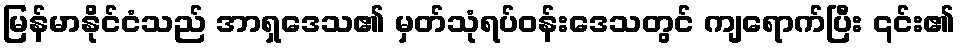
မြန်မာနိုင်ငံသည် အာရှဒေသ၏ မှတ်သုံရပ်ဝန်းဒေသတွင် ကျရောက်ပြီး ၎င်း၏